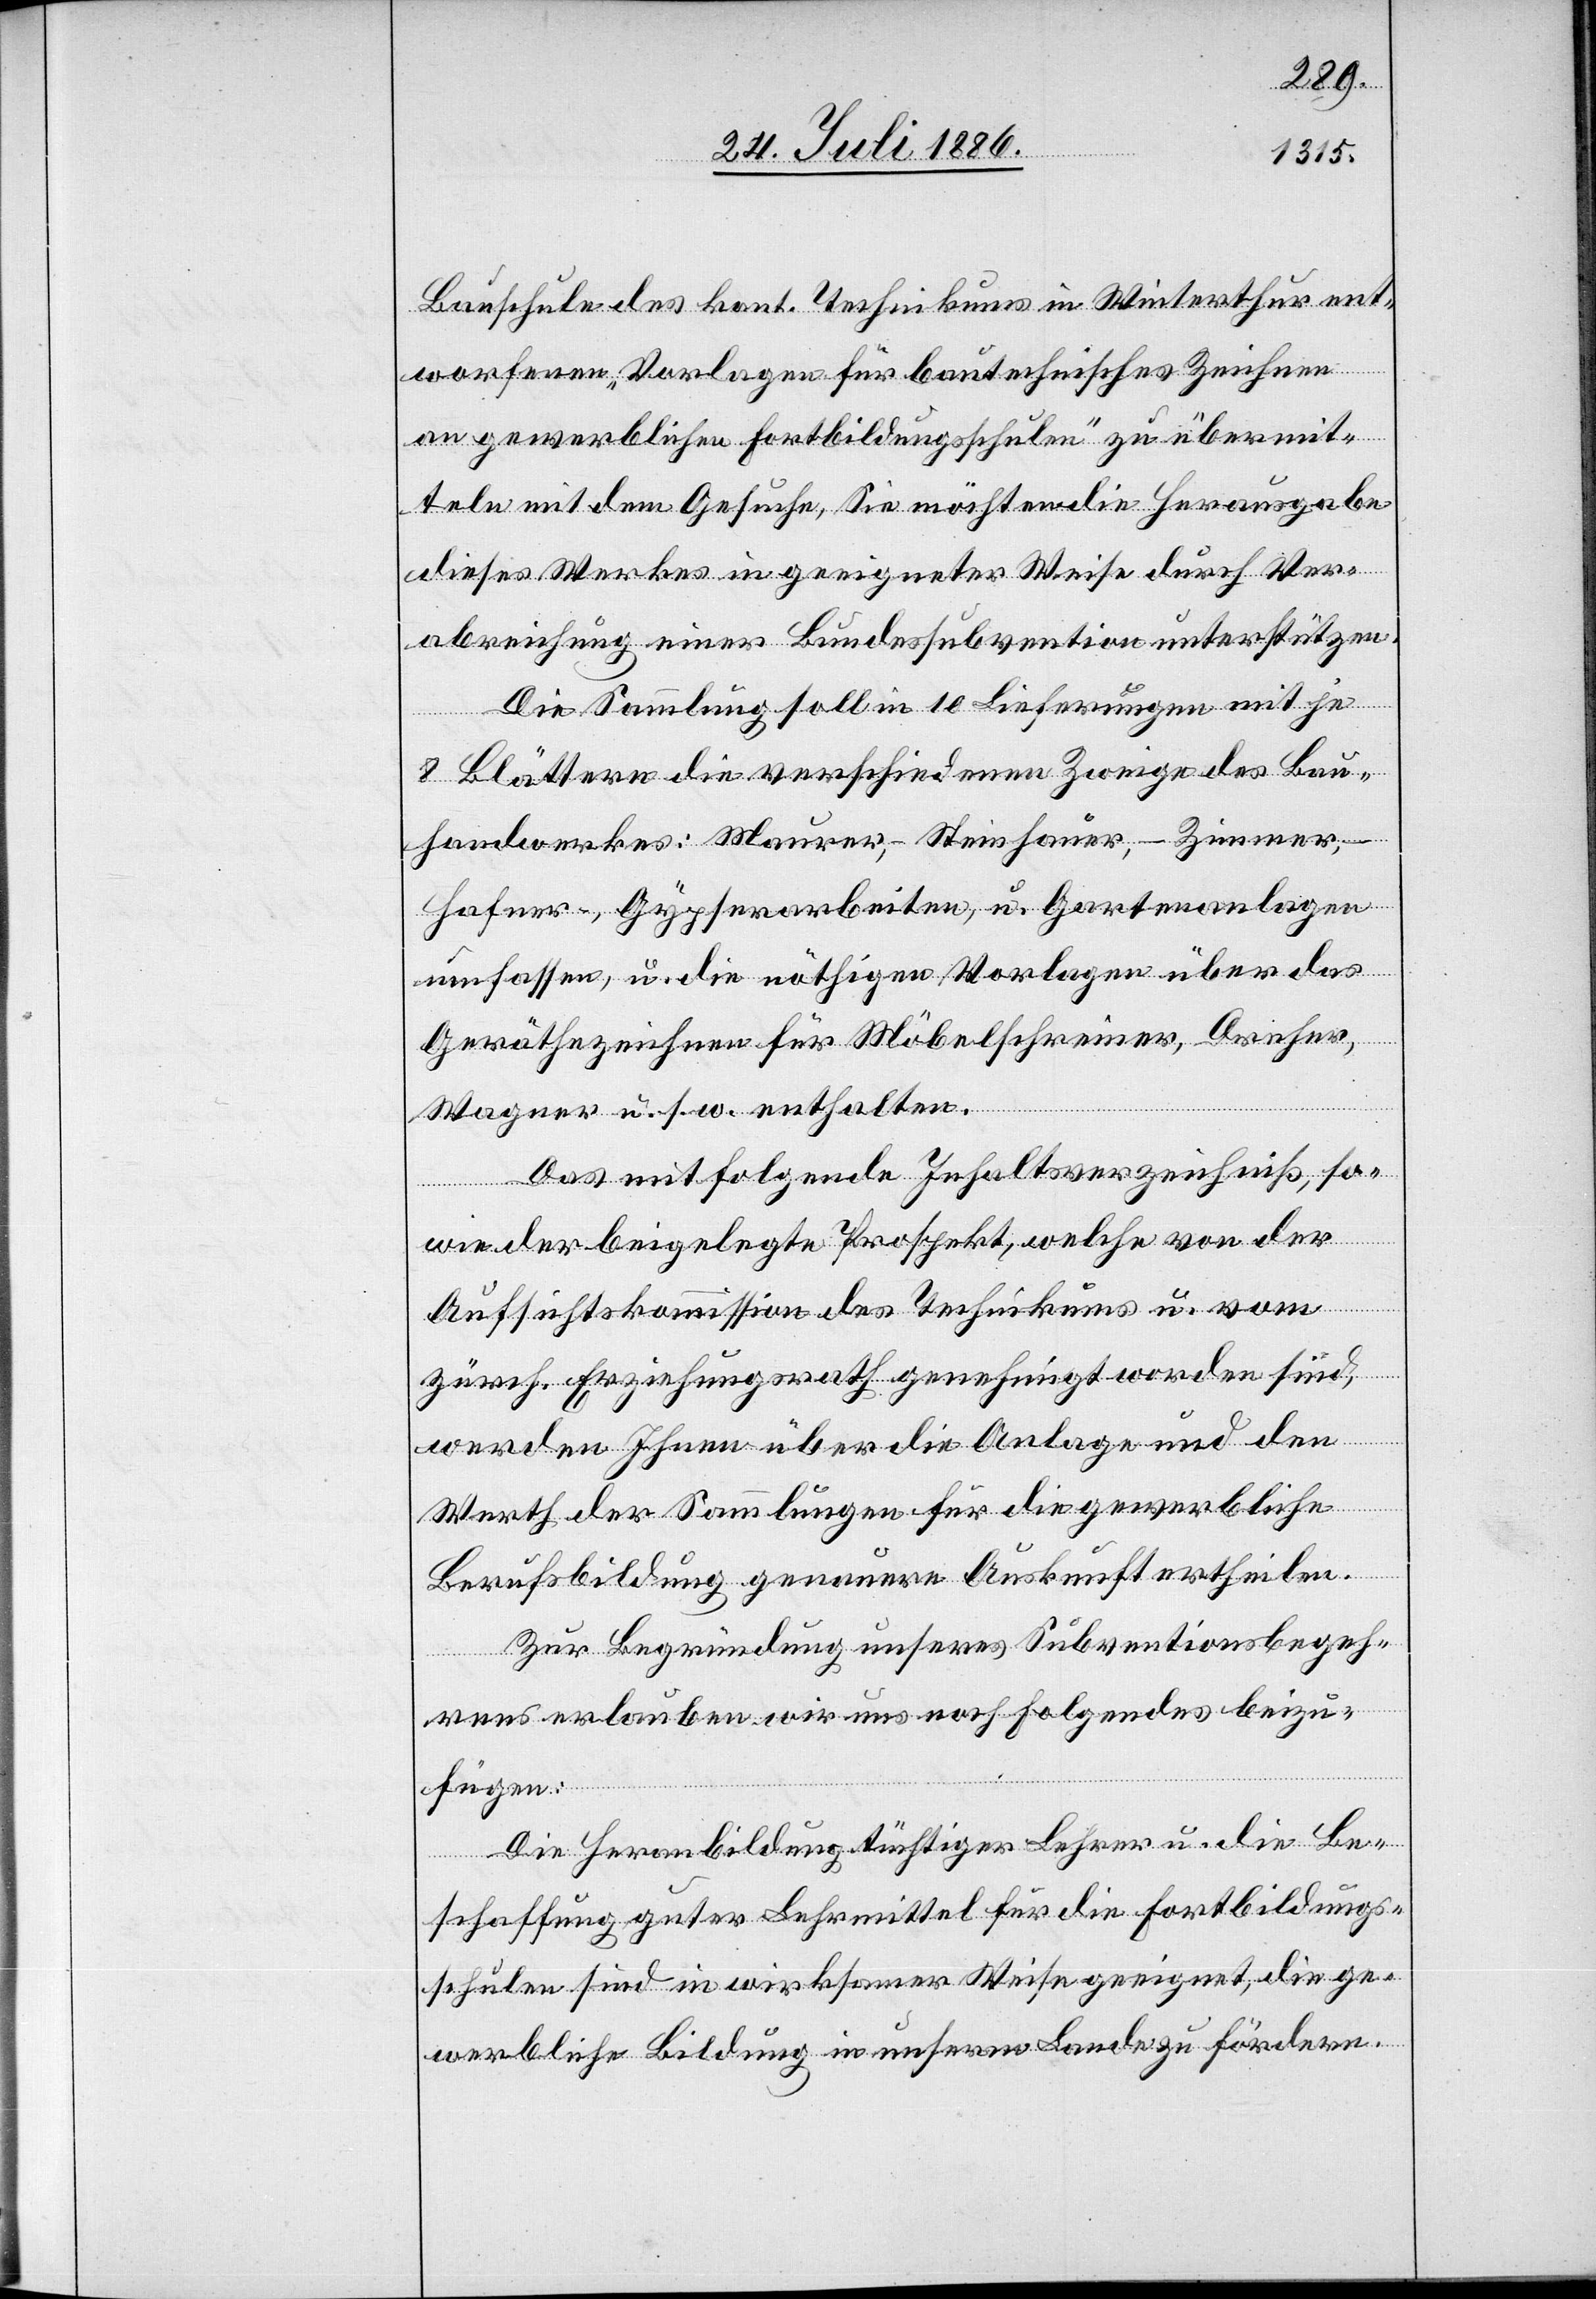
Bauschule des kant. Technikums in Winterthur ent¬
worfenen „Vorlagen für bautechnisches Zeichnen
an gewerblichen Fortbildungsschulen“ zu übermit¬
teln mit dem Gesuche, Sie möchten die Herausgabe
dieses Werkes in geeigneter Weise durch Ver¬
abreichung einer Bundessubvention unterstützen.
Die Sammlung soll in 10 Lieferungen mit je
8 Blättern die verschiedenen Zweige des Bau¬
handwerkes: Maurer-, Steinhauer-, Zimmer-,
Hafner-, Gypserarbeiten, u. Gartenanlagen
umfassen, u. die nöthigen Vorlagen über das
Geräthezeichnen für Möbelschreiner, Dreher,
Wagner u. s. w. enthalten.
Das mitfolgende Inhaltsverzeichniß, so¬
wie der beigelegte Prospekt, welche von der
Aufsichtskommission des Technikums u. vom
zürch. Erziehungsrath genehmigt worden sind,
werden Ihnen über die Anlage und den
Werth der Sammlungen für die gewerbliche
Berufsbildung genauere Auskunft ertheilen.
Zur Begründung unseres Subventionsbegeh¬
rens erlauben wir uns noch Folgendes beizu¬
fügen:
Die Heranbildung tüchtiger Lehrer u. die Be¬
schaffung guter Lehrmittel für die Fortbildungs¬
schulen sind in wirksamer Weise geeignet, die ge¬
werbliche Bildung in unserem Lande zu fördern.